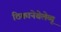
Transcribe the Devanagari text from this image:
ठिकानेबेलेव्यू